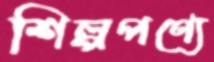
শিল্পপণ্যে